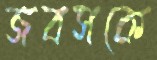
জবসকে